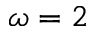
\omega = 2